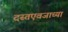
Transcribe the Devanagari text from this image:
दस्तएवजाच्या